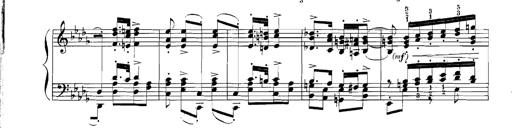
Title: Rhapsodies hongroises
Composer: Franz Liszt